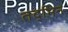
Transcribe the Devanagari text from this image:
तद्भिन